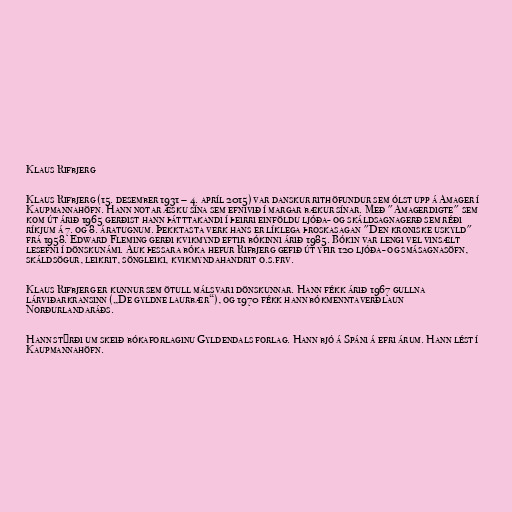
Klaus Rifbjerg

Klaus Rifbjerg (15. desember 1931 – 4. apríl 2015) var danskur rithöfundur sem ólst upp á Amager í
Kaupmannahöfn. Hann notar æsku sína sem efnivið í margar bækur sínar. Með "Amagerdigte" sem
kom út árið 1965 gerðist hann þátttakandi í þeirri einföldu ljóða- og skáldsagnagerð sem réði
ríkjum á 7. og 8. áratugnum. Þekktasta verk hans er líklega þroskasagan "Den kroniske uskyld"
frá 1958. Edward Fleming gerði kvikmynd eftir bókinni árið 1985. Bókin var lengi vel vinsælt
lesefni í dönskunámi. Auk þessara bóka hefur Rifbjerg gefið út yfir 120 ljóða- og smásagnasöfn,
skáldsögur, leikrit, söngleiki, kvikmyndahandrit o.s.frv.

Klaus Rifbjerg er kunnur sem ötull málsvari dönskunnar. Hann fékk árið 1967 gullna
lárviðarkransinn („De gyldne laurbær“), og 1970 fékk hann bókmenntaverðlaun
Norðurlandaráðs.

Hann stýrði um skeið bókaforlaginu Gyldendals forlag. Hann bjó á Spáni á efri árum. Hann lést í
Kaupmannahöfn.